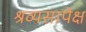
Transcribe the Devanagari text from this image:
श्रव्यसापेक्ष